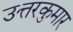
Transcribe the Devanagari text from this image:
उत्तरकुमार